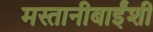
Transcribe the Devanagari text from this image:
मस्तानीबाईंशी